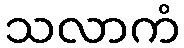
သလာကံ